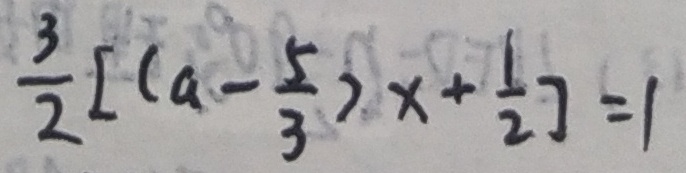
\frac { 3 } { 2 } [ ( a - \frac { 5 } { 3 } ) x + \frac { 1 } { 2 } ] = 1